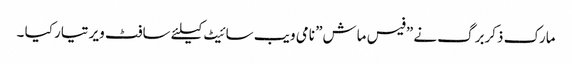
مارک ذکربرگ نے ”فیس ماش” نامی ویب سائیٹ کیلئے سافٹ ویر تیار کیا ۔